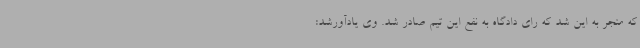
که منجر به این شد که رای دادگاه به نفع این تیم صادر شد. وی یادآورشد: